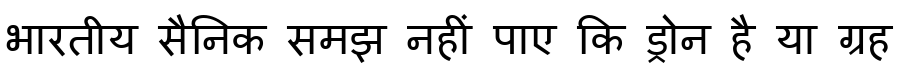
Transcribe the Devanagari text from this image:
भारतीय सैनिक समझ नहीं पाए कि ड्रोन है या ग्रह